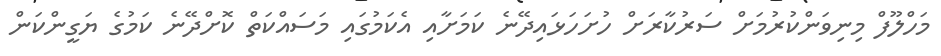
މަހްލޫފް މިނިވަންކުރުމަށް ސަރުކާރަށް ހުށަހަޅައިދޭނެ ކަމަށާއި އެކަމުގައި މަސައްކަތް ކޮށްދޭނެ ކަމުގެ ޔަގީންކަން